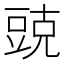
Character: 𮙓